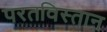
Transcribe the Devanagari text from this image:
परतविस्तान